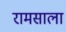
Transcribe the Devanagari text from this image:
रामसाला